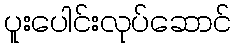
ပူးပေါင်းလုပ်ဆောင်